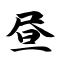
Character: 昼